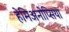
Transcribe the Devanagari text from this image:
हेमिअनोप्सिया